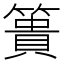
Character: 簣